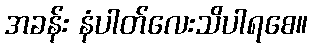
အခန်း နံပါတ်လေးသိပါရစေ။